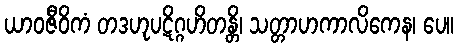
ယာဝဇီဝိကံ တဒဟုပဋိဂ္ဂဟိတန္တိ၊ သတ္တာဟကာလိကေန၊ ပေ။